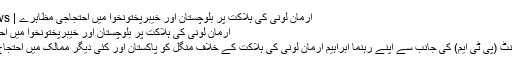
ارمان لونی کی ہلاکت پر بلوچستان اور خیبرپختونخوا میں احتجاجی مظاہرے | Tajziya News
ارمان لونی کی ہلاکت پر بلوچستان اور خیبرپختونخوا میں احتجاجی مظاہرے
پشتون تحفظ مومنٹ (پی ٹی ایم) کی جانب سے اپنے رہنما ابراہیم ارمان لونی کی ہلاکت کے خلاف منگل کو پاکستان اور کئی دیگر ممالک میں احتجاج کیا جا رہا ہے۔